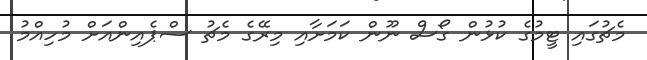
މެޗުގައި ޓީމުގެ ކުޅުން ގޯސް ނޫން ކަމަށާއި މިރޭގެ މެޗު ސްޕެއިންއަށް މުހިއްމު